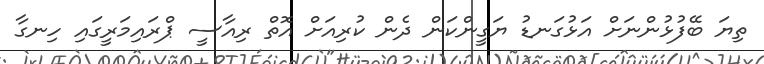
ތިޔަ ބޭފުޅުންނަށް އަޅުގަނޑު ޔަގީންކަން ދެން ކުރިއަށް އޮތް ރިއާސީ ޕްރައިމަރީގައި ހިނގާ